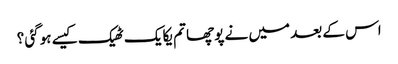
اس کے بعد میں نے پوچھا تم یکایک ٹھیک کیسے ہوگئی ؟